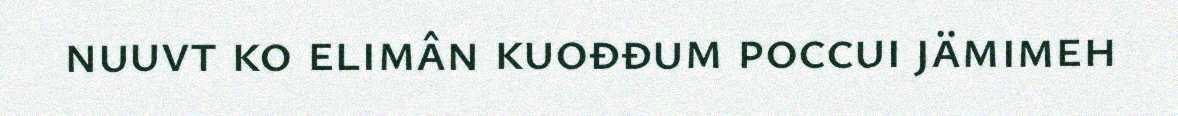
nuuvt ko elimân kuođđum poccui jämimeh